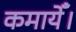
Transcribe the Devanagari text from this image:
कमायेँ।